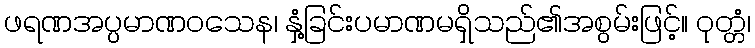
ဖရဏအပ္ပမာဏဝသေန၊ နှံ့ခြင်းပမာဏမရှိသည်၏အစွမ်းဖြင့်။ ဝုတ္တံ၊